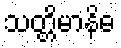
သတ္တိမာနိဓ